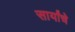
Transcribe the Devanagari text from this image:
सार्यांचे